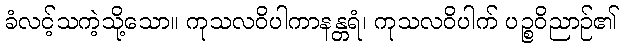
ခံလင့်သကဲ့သို့သော။ ကုသလဝိပါကာနန္တရံ၊ ကုသလဝိပါက် ပဉ္စဝိညာဉ်၏